system: You are a helpful assistant.
user:
Analyze the provided spectrum to determine if it is a **M-type Giant (gM)**.

A M-type Giant spectrum is defined by its **strong molecular absorption** features, particularly from **Titanium Oxide (TiO)**. You must check for one of the following mutually exclusive signatures:

- **Key Visual Indicators (Absorption-Dominated Spectrum):**

    - **(Primary):** The spectrum is dominated by strong molecular absorption from **Titanium Oxide (TiO)**. This is the **defining feature** of its M-type temperature class.
        - **(Key Bandheads):** Look for sharp, "saw-tooth" absorption valleys. The strongest are located near **~7050 Å**, **~6160 Å**, and **~5170 Å**.
        - **(Line Profile):** The "saw-tooth" morphology is critical: a **sharp, steep drop on the BLUE (short-wavelength) side** of the bandhead, followed by a gradual recovery (rising flux) towards the RED (long-wavelength) side.

    - **(Key Confirmation - Giant vs. Dwarf):** **ABSENCE** of strong **Calcium Hydride (CaH)** molecular bands. This is the primary diagnostic for *excluding* M-dwarfs.
        - **(Key Region):** The spectrum should lack the strong, broad absorption band seen in dwarfs between **~6800 Å and ~7000 Å**.

    - **(Secondary Confirmation - Giant):** A very strong and broad **Neutral Calcium (Ca I)** atomic absorption line.
        - **(Key Line):** Located at **~4226 Å**. In a giant (gM), this line is significantly deeper and broader than the same line in an M-dwarf (dM) due to low surface gravity.

    - **(Overall Spectrum):**
        - The continuum is **extremely red-sloping** (i.e., flux is very low in the blue and rises dramatically towards the red).
        - The entire spectrum appears "chopped up" by the deep TiO bands.

Think first, call **spectral_visualization_tool** if needed to examine features in detail, then provide your final answer. Your response must adhere to the following strict rules:
1.  **Overall Structure:** Your response must follow the format `<think>...</think> <tool_call>...</tool_call> (if a tool is used) <answer>...</answer>`.
2.  **Tool Usage Constraint:** You may only make **one** tool call per turn.
3.  **Final Answer Format:** In the `<answer>` tag, your conclusion must be inside a `\boxed{}` command (e.g., `\boxed{YES}` or `\boxed{NO}`), followed by your justification.

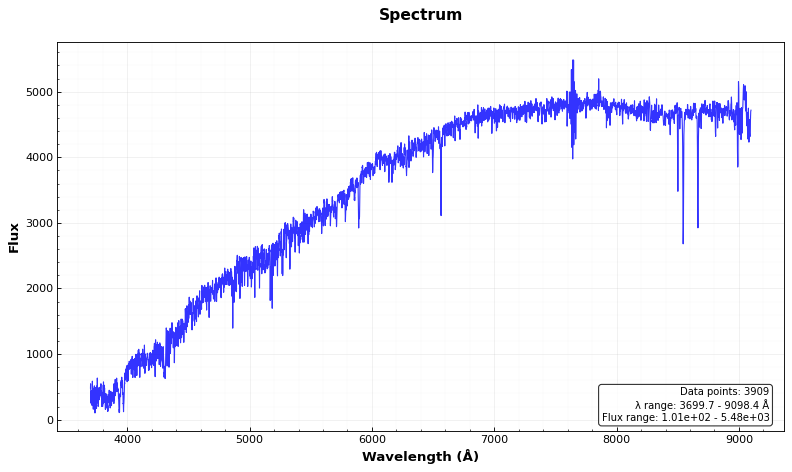
Answer: NO